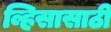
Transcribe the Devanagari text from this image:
व्हिसासाठी